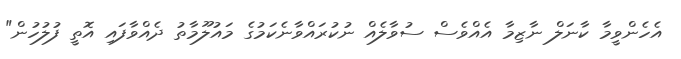
އެހެންވީމާ ކާނަލް ނާޒިމާ އެއްވެސް ސުވާލެއް ނުކުރައްވާނެކަމުގެ މައުލޫމާތު ދެއްވާފައި އޮތީ ފުލުހުން"